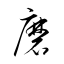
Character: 磨